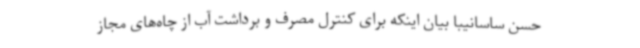
حسن ساسانیبا بیان اینکه برای کنترل مصرف و برداشت آب از چاه‌های مجاز